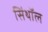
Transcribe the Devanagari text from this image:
सिंथॉल